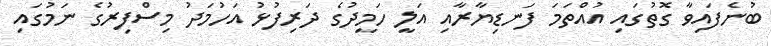
ބުނެފައިވާ ގޮތުގައި އުއްތަމަ ފަނޑިޔާރާއި އަލީ ހަމީދުގެ ދަރިފުޅު އަހުމަދު މިސްފިރުގެ ނަމުގައި